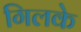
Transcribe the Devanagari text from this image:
गिलके